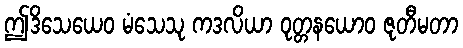
ဤဒိသေယေဝ မံသေသု ကဒလိယာ ဝုတ္တနယောဝ ဇုတီမတာ